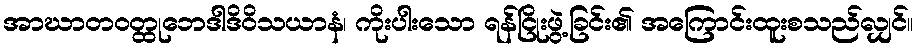
အာဃာတဝတ္ထုဘေဒါဒိဝိသယာနံ၊ ကိုးပါးသော ရန်ငြိုးဖွဲ့ခြင်း၏ အကြောင်းထူးစသည်လျှင်။